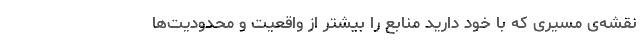
نقشه‌ی مسیری که با خود دارید منابع را بیشتر از واقعیت و محدودیت‌ها